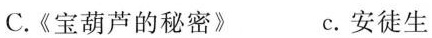
C.《宝葫芦的秘密》 C.安徒生